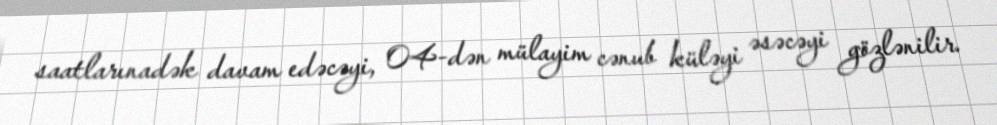
saatlarınadək davam edəcəyi, 04-dən mülayim cənub küləyi əsəcəyi gözlənilir.